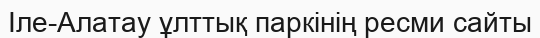
Іле-Алатау ұлттық паркінің ресми сайты